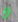
و